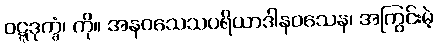
ဝဋ္ဋဒုက္ခံ၊ ကို။ အနဝသေသပရိယာဒါနဝသေန၊ အကြွင်းမဲ့